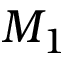
M _ { 1 }